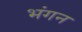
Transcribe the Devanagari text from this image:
भंगन